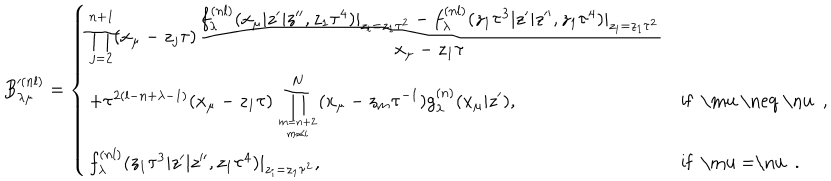
B _ { \lambda \mu } ^ { ( n l ) } = \left\{ \begin{array} { l l } { { \displaystyle \prod _ { j = 2 } ^ { n + 1 } ( x _ { \mu } - z _ { j } \tau ) \frac { f _ { \lambda } ^ { ( n l ) } ( x _ { \mu } | z ^ { \prime } | z ^ { \prime \prime } , z _ { 1 } \tau ^ { 4 } ) | _ { z _ { i } = z _ { 1 } \tau ^ { 2 } } - f _ { \lambda } ^ { ( n l ) } ( z _ { 1 } \tau ^ { 3 } | z ^ { \prime } | z ^ { \prime \prime } , z _ { 1 } \tau ^ { 4 } ) | _ { z _ { i } = z _ { 1 } \tau ^ { 2 } } } { x _ { \mu } - z _ { 1 } \tau } } } & { { } } \\ { { + \tau ^ { 2 ( l - n + \lambda - 1 ) } ( x _ { \mu } - z _ { 1 } \tau ) \displaystyle \prod _ { m = n + 2 \atop m \neq i } ^ { N } ( x _ { \mu } - z _ { m } \tau ^ { - 1 } ) g _ { \lambda } ^ { ( n ) } ( x _ { \mu } | z ^ { \prime } ) , } } & { { \mathrm { i f ~ \ m u ~ \neq ~ \ n u ~ , } } } \\ { { f _ { \lambda } ^ { ( n l ) } ( z _ { 1 } \tau ^ { 3 } | z ^ { \prime } | z ^ { \prime \prime } , z _ { 1 } \tau ^ { 4 } ) | _ { z _ { i } = z _ { 1 } \tau ^ { 2 } } , } } & { { \mathrm { i f ~ \ m u ~ = \ n u ~ . } } } \\ \end{array} \right.